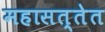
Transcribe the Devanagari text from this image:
महासत्तेत